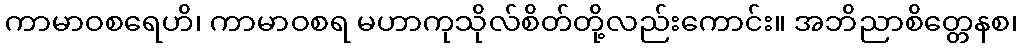
ကာမာဝစရေဟိ၊ ကာမာဝစရ မဟာကုသိုလ်စိတ်တို့လည်းကောင်း။ အဘိညာစိတ္တေနစ၊